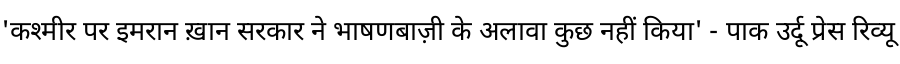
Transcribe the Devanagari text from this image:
'कश्मीर पर इमरान ख़ान सरकार ने भाषणबाज़ी के अलावा कुछ नहीं किया' - पाक उर्दू प्रेस रिव्यू